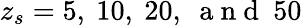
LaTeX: z_{s}=5,\ 10,\ 20,\ \mathrm{~a~n~d~}\ 50